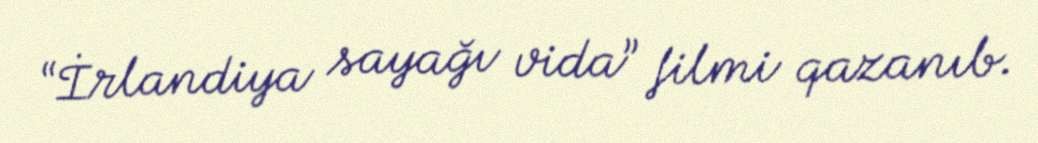
“İrlandiya sayağı vida” filmi qazanıb.